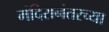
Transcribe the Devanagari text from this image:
मंदिरानंतरच्या